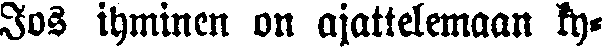
Jos ihminen on ajattelemaan ky-